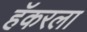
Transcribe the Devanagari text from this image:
हॅकरला